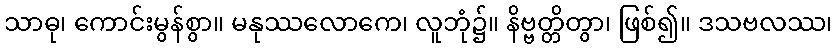
သာဓု၊ ကောင်းမွန်စွာ။ မနုဿလောကေ၊ လူဘုံ၌။ နိဗ္ဗတ္တိတွာ၊ ဖြစ်၍။ ဒသဗလဿ၊